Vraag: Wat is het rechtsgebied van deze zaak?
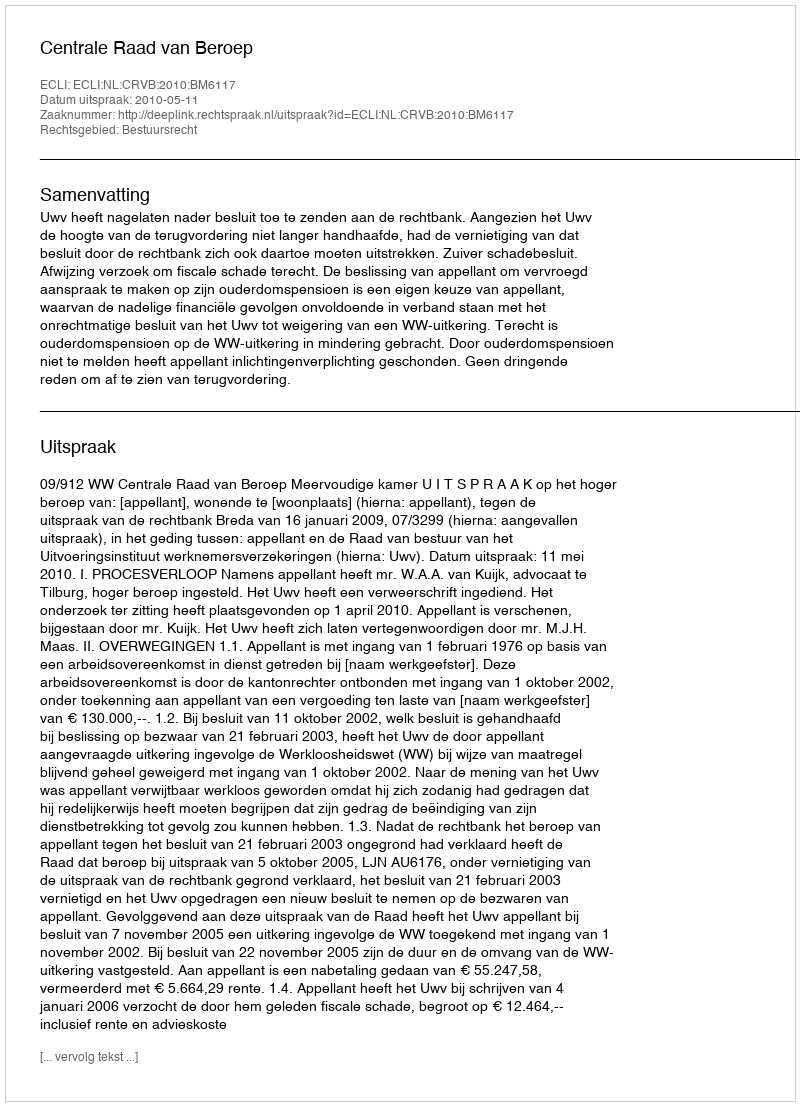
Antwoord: Bestuursrecht